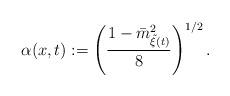
LaTeX: \begin{align*}\alpha(x,t):=\left(\frac{1-\bar{m}_{\tilde{\xi}(t)}^2}{8}\right)^{1/2}.\end{align*}